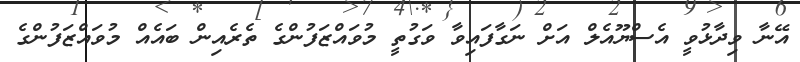
އޭނާ ވިދާޅުވީ އެސްޔޫއެލް އަށް ނަގާފައިވާ ވަގުތީ މުވައްޒަފުންގެ ތެރެއިން ބައެއް މުވައްޒަފުންގެ